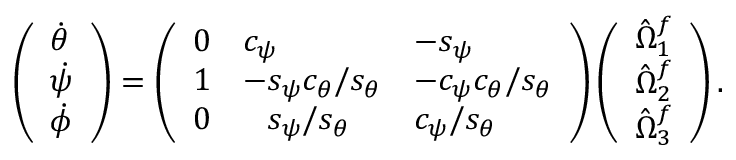
\left( \begin{array} { l } { \dot { \theta } } \\ { \dot { \psi } } \\ { \dot { \phi } } \end{array} \right) = \left( \begin{array} { l l l } { 0 } & { c _ { \psi } } & { - s _ { \psi } } \\ { 1 } & { - s _ { \psi } c _ { \theta } / s _ { \theta } } & { - c _ { \psi } c _ { \theta } / s _ { \theta } } \\ { 0 } & { \hphantom { + } s _ { \psi } / s _ { \theta } } & { c _ { \psi } / s _ { \theta } } \end{array} \right) \left( \begin{array} { l } { \hat { \Omega } _ { 1 } ^ { f } } \\ { \hat { \Omega } _ { 2 } ^ { f } } \\ { \hat { \Omega } _ { 3 } ^ { f } } \end{array} \right) .